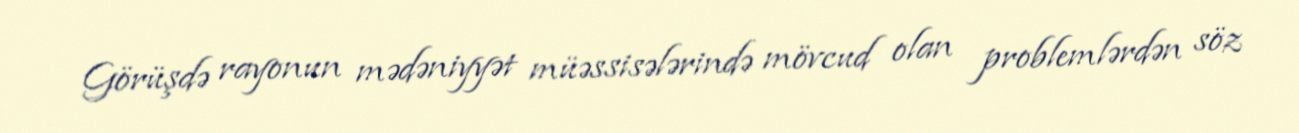
Görüşdə rayonun mədəniyyət müəssisələrində mövcud olan problemlərdən söz